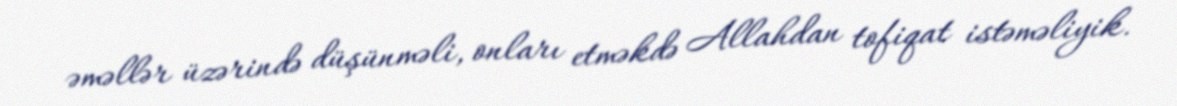
əməllər üzərində düşünməli, onları etməkdə Allahdan tofiqat istəməliyik.